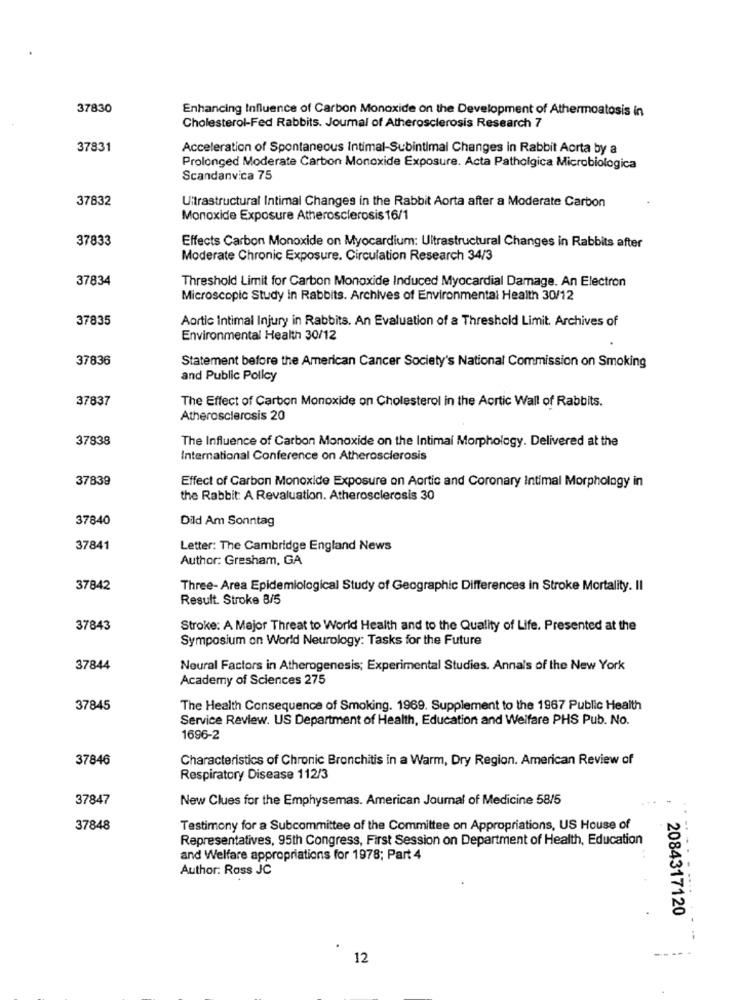
37830
Enhancing Influence of Carbon Monoxide on the Development of Athermoatosis in
Cholesterol-Fed Rabbits. Journal of Atherosclerosis Research 7
37831
Acceleration of Spontaneous Intimal-Subintimai Changes in Rabbit Aorta by a
Prolonged Moderate Carbon Monoxide Exposure. Acta Patholgica Microbiologica
Scandanvica 75
37832
Ultrastructural Intimal Changes in the Rabbit Aorta after a Moderate Carbon
Monoxide Exposure Atherosclerosis 16/1
37833
Effects Carbon Monoxide on Myocardium: Ultrastructural Changes in Rabbits after
Moderate Chronic Exposure, Circulation Research 34/3
37834
Threshold Limit for Carbon Monoxide Induced Myocardial Damage. An Electron
Microscopic Study in Rabbits. Archives of Environmental Health 30/12
37835
Aortic Intimal Injury in Rabbits. An Evaluation of a Threshold Limit. Archives of
Environmental Health 30/12
37836
Statement before the American Cancer Society's National Commission on Smoking
and Public Policy
37837
The Effect of Carbon Monoxide on Cholesterol in the Aortic Wall of Rabbits.
Atherosclerosis 20
37838
The Influence of Carbon Monoxide on the Intimal Morphology. Delivered at the
International Conference on Atherosclerosis
37839
Effect of Carbon Monoxide Exposure on Aortic and Coronary Intimal Morphology in
the Rabbit: A Revaluation. Atherosclerosis 30
37840
Dild Am Sonntag
37841
Letter: The Cambridge England News
Author: Gresham, GA
37842
Three- Area Epidemiological Study of Geographic Differences in Stroke Mortality. Il
Result. Stroke 8/5
37843
Stroke: A Major Threat to World Health and to the Quality of Life. Presented at the
Symposium on World Neurology: Tasks for the Future
37844
Neural Factors in Atherogenesis; Experimental Studies. Annals of the New York
Academy of Sciences 275
37845
The Health Consequence of Smoking. 1969. Supplement to the 1967 Public Health
Service Review. US Department of Health, Education and Welfare PHS Pub. No.
1696-2
37846
Characteristics of Chronic Bronchitis in a Warm, Dry Region. American Review of
Respiratory Disease 112/3
37847
New Clues for the Emphysemas. American Journal of Medicine 58/5
37848
Testimony for a Subcommittee of the Committee on Appropriations, US House of
Representatives, 95th Congress, First Session on Department of Health, Education
.--
and Welfare appropriations for 1978; Part 4
Author: Ross JC
2084317120
12